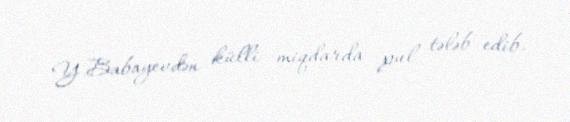
Y.Babayevdən külli miqdarda pul tələb edib.